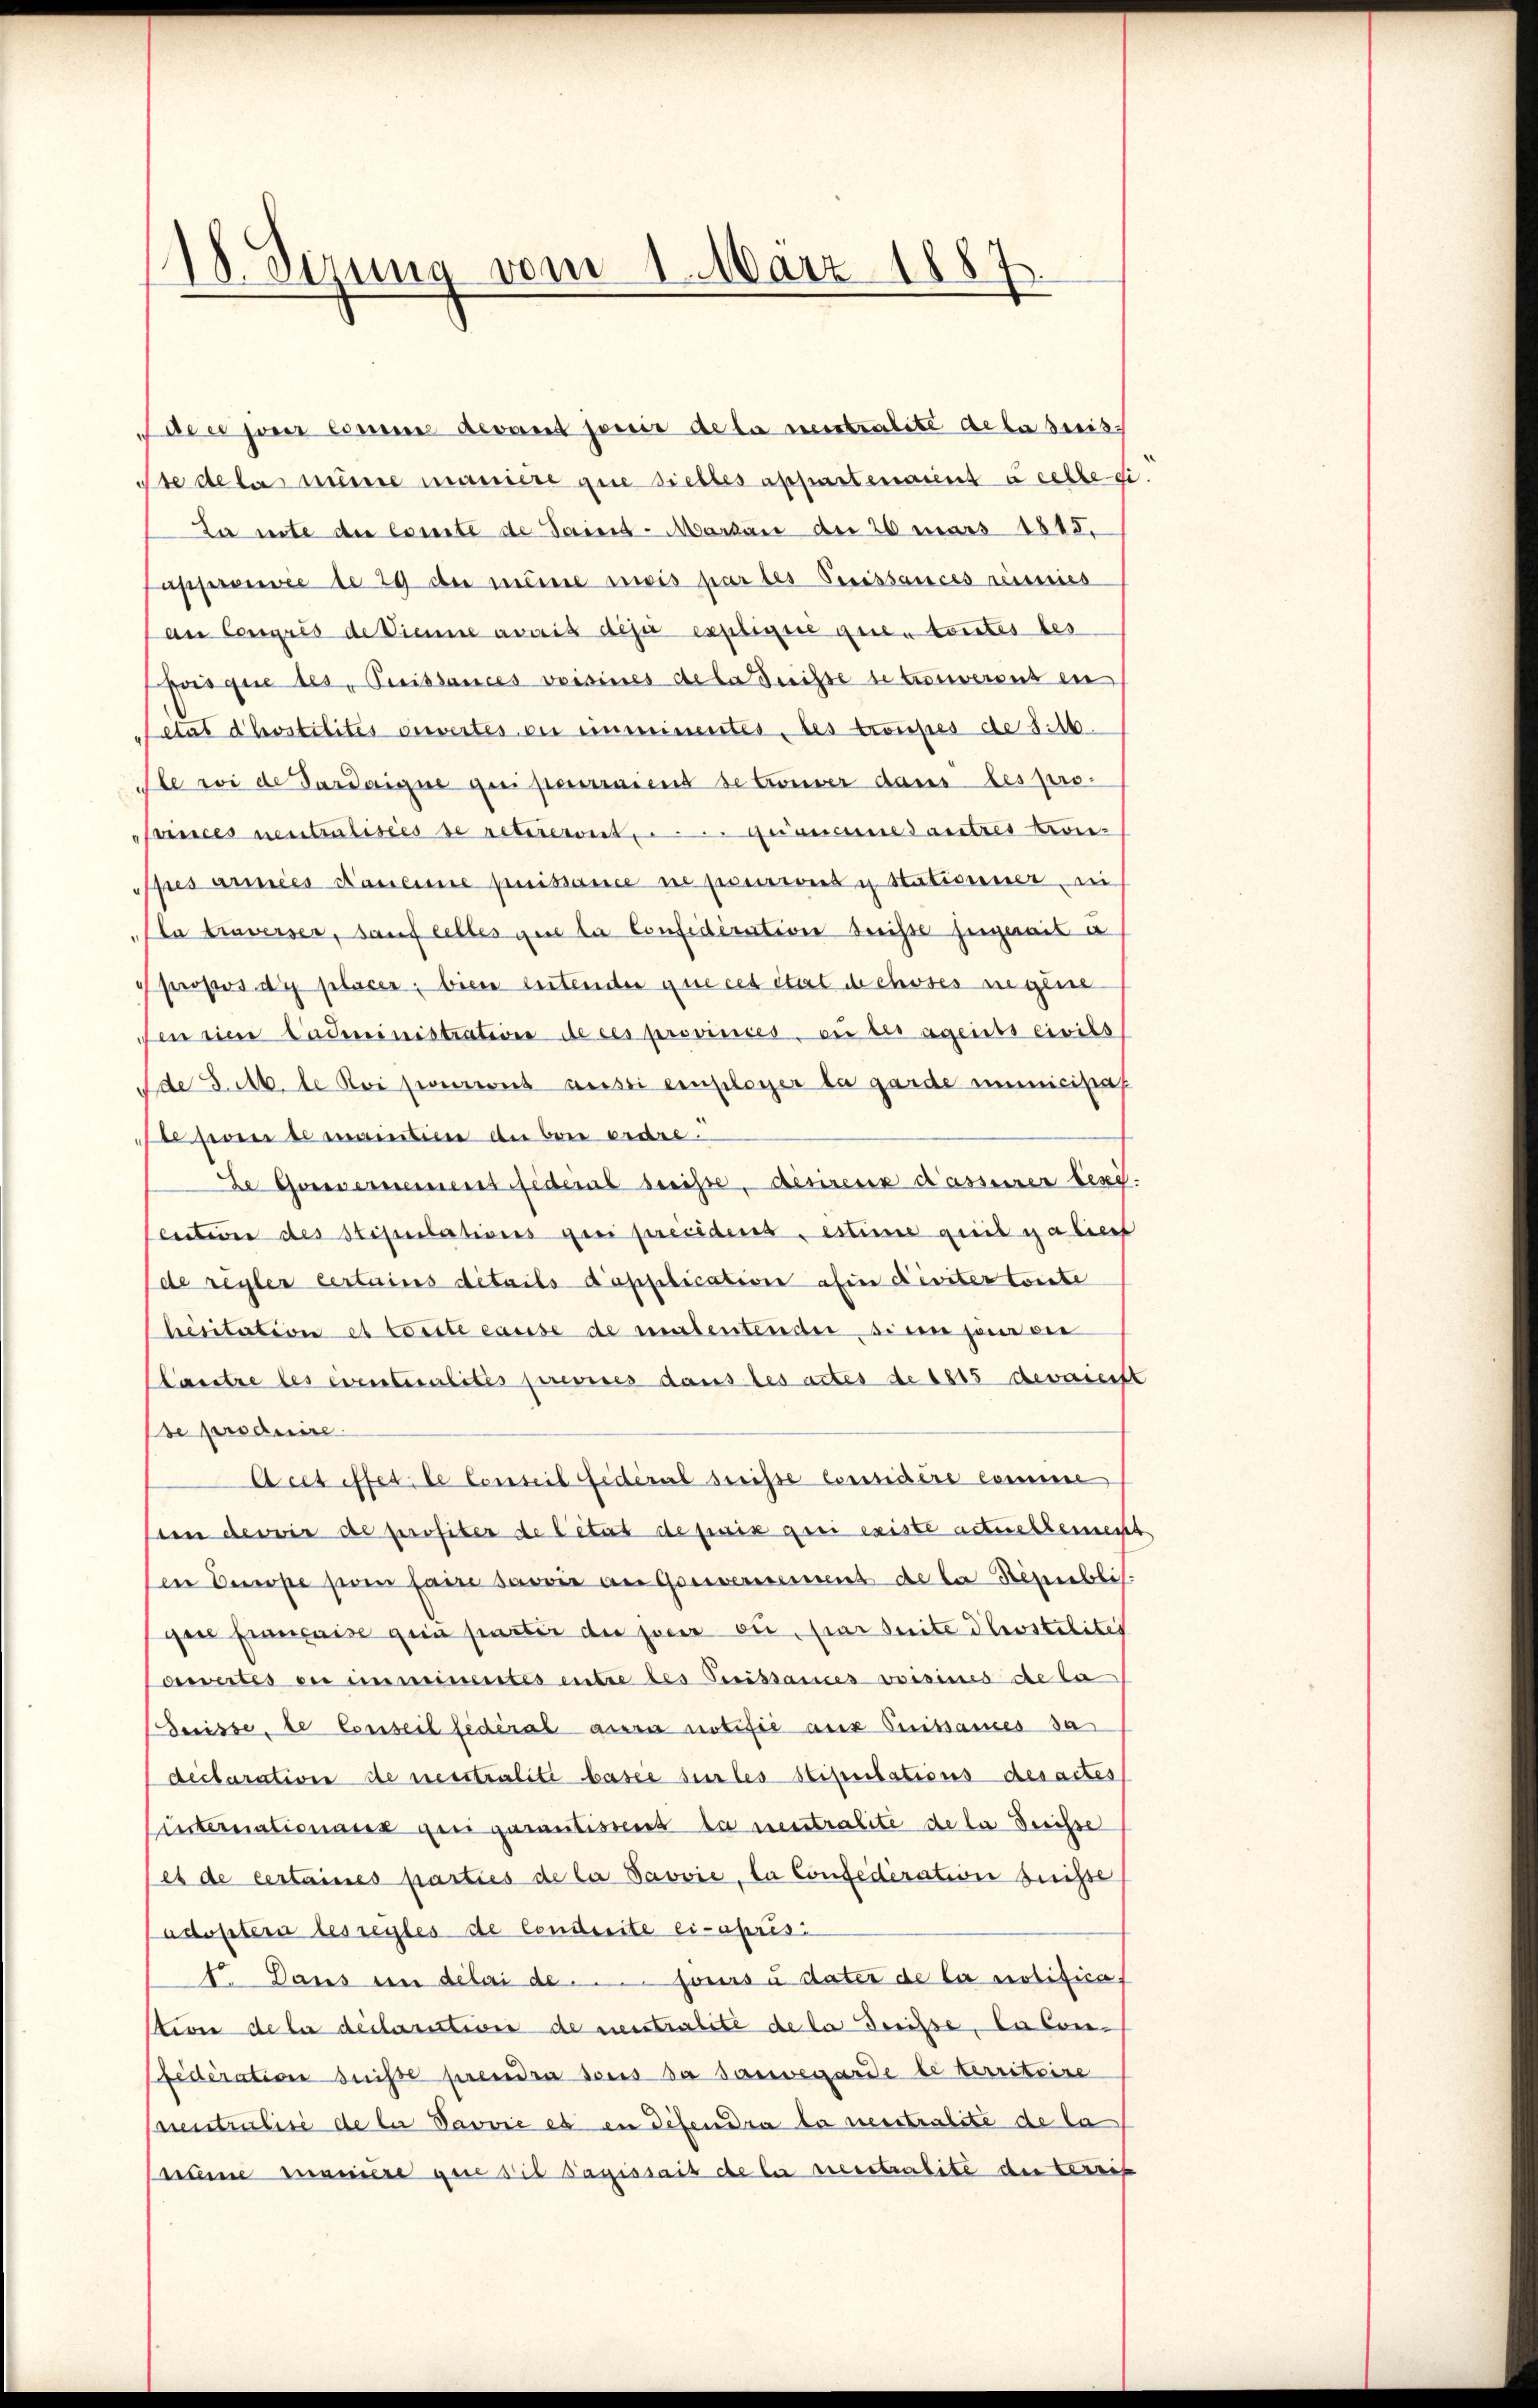
18. Sirung vom 1. März 1887

dee jour coni devant sowie de la vertralité de la breiss
Ste de la même manière que selbes appartenant à celle di
La mite der Comite de Saint-Marbare der 26 mars 1818.
apprence de 29 der meine mois par les Preissances renies
an Congris de Dienne avait des explique que toutes bes
fois que des Puissances voisines de la Suisse se trouveront in
etat dhostilites verwertes der unmimentes, des troupes de S. 16.
Ile si de Pardaigne qui pourraiens se trömer dans les pro-
inces neutralisies se retireront ... Gemeine autres Kon-
sres armées Naneine puissance ne pourront u Stationner nich
Ala traverser, sauf celles que la Confideration deichts hergweis a
Ppropos du placer, bien entender que cet état de choses angene
fen sien Cadministration de ces provinces, ou bei agents civils
Ade 3. M. de Koiseverwies aussi einsloser da garde immicisas
eprente maintiere de bei ordes
Se Gouvernennens fiderat beiste, desirenz Kasserer beni.
enten des Stipulations qui precedens, estime geit gabef
de regler certains details d’application afin diviter toute
hesitation et Corste cause de matentender, si en pour ein
ärstre les eventuralités previces dans les actes de 1815 devaienft
se produire.
Acet effet, le Conseil Fideral dreisse Considère comme
een devoir de profiter de l’état de paix qui existe actuellement
ven Buße sein faire savoir an Gouvernement de la Républis.
ge française gein partir du jour ou par seite Phostilites
awertes en immeinentes entre des Turistances voisines de la
Suisse, de Conseil fédéral aura notifie aus Suissances sa
declaration de nesstralite basie sie les stipulations desactes
unternationanz gei garantissens die neutralite de la Suisse
jet de certaines parties de la Savvie, da Confederation beiße
adoptern les regles de Conderite ci-aprési
t. Dans in délai de .... sours u. dater de la notificat
stion de la déclaratives de neutralite de la desse. Da Confederation suise prendra sous da souvegarde le territoire
Ineutralisi de le Pavvie es in Defendra la neutralite de la
summe manière que die Tapissait de bei recestralite der Vereit

d